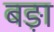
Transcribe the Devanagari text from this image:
बङ़ा